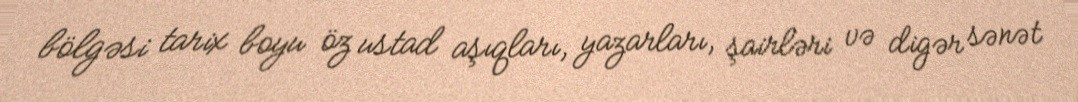
bölgəsi tarix boyu öz ustad aşıqları, yazarları, şairləri və digər sənət